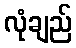
လုံချည်